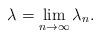
LaTeX: \begin{align*}\lambda=\lim_{n\to\infty} \lambda_n.\end{align*}